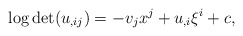
\begin{align*} \log\det (u_{,ij})=-v_jx^j+u_{,i}\xi^i+c, \end{align*}